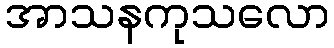
အာသနကုသလော